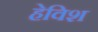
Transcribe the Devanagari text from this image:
हेविश